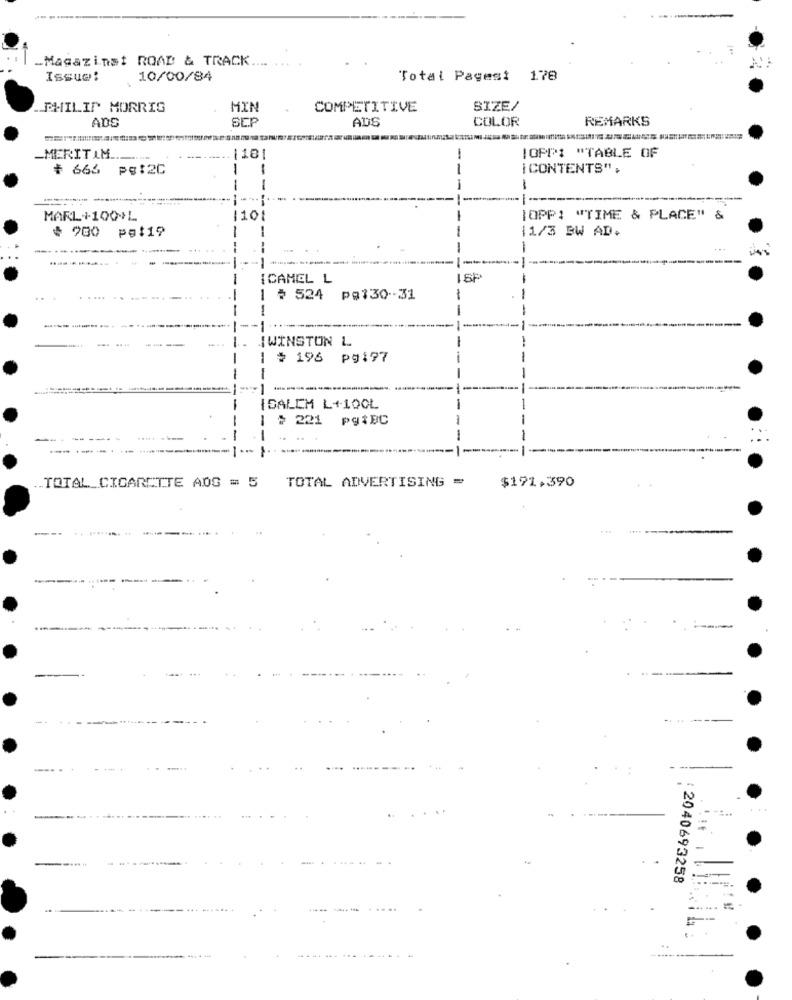
-Magazinet ROAD & TRACK.
.... ... .
Issue:
10/00/84
Total Pagesi 178
.. PHILIP MORRIS
MIN
COMPETITIVE
SIZE/
ADS
SCP
AUS
COLOR
REMARKS
_MERITAM .......
1181
-
[OPP: "TABLE OF
+ 666 ps:2C
1
-
¡CONTENTS",
--
-
-
MARL+100+L
101
IOPP: "TIME & PLACE" &
700 pel19
11/3 BW AD.
ICAMEL L
# 524 pg130 .- 31
-
WINSTON L
# 196
pg197
-
ISALEM L+100L
# 221
pg:BC
--
--
.TOTAL_CIGARETTE ADG = 5
TOTAL ADVERTISING =
$171.390
--
--
: 2040693258
---